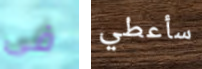
فى سأعطي